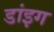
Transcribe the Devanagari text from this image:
डांइग